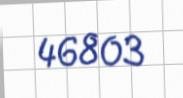
46803